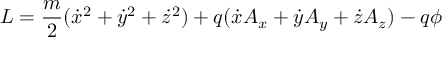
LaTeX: L = { \frac { m } { 2 } } ( { \dot { x } } ^ { 2 } + { \dot { y } } ^ { 2 } + { \dot { z } } ^ { 2 } ) + q ( { \dot { x } } A _ { x } + { \dot { y } } A _ { y } + { \dot { z } } A _ { z } ) - q \phi